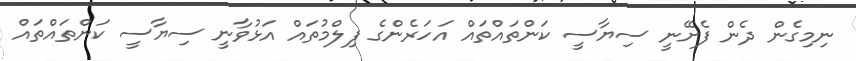
ނިމިގެން ދެން ފެށޭނީ ސިޔާސީ ކަންތައްތައް އަހަރެންގެ ފިލްމުތައް އަޅުވާނީ ސިޔާސީ ކަންތައްތައް